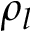
\rho _ { l }